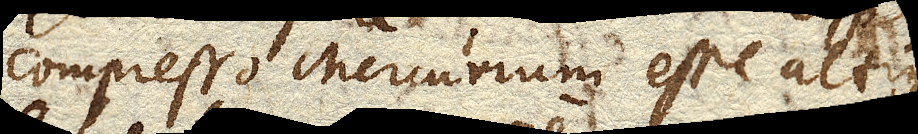
compresso Mercurium esse altius